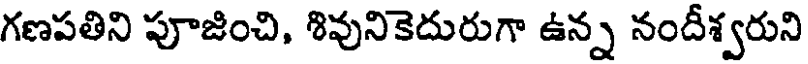
గణపతిని పూజించి, శివునికెదురుగా ఉన్న నందీశ్వరుని